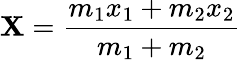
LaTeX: \mathbf{X}={\frac{{m_{1}x_{1}+m_{2}x_{2}}}{{m_{1}+m_{2}}}}